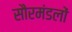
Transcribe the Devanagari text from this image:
सौरमंडलों